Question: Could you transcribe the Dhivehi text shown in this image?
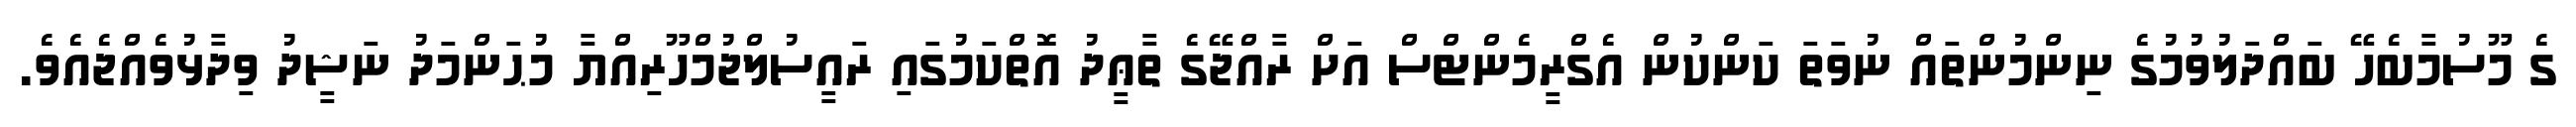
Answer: ގެ މޫސުމާބެހޭ ބައްދަލުވުމުގެ ނިންމުންތައް ނުވަތަ ކަންކުން އެގްރީމެންޓްސް އަށް ރާއްޖޭގެ ތާޢީދު އޮތްކަމުގައި ރައީސުލްޖުމްހޫރިއްޔާ މުޙަންމަދު ނަޝީދު ވިދާޅުވެއްޖެއެވެ.